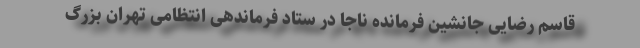
قاسم رضایی جانشین فرمانده ناجا در ستاد فرماندهی انتظامی تهران بزرگ